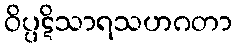
ဝိပ္ပဋိသာရသဟဂတာ